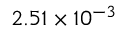
2 . 5 1 \times 1 0 ^ { - 3 }